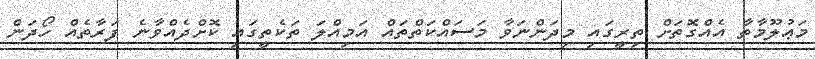
މަޢުލޫމާތާ އެއްގޮތަށް ތިރީގައި މިދަންނަވާ މަސައްކަތްތައް އަމިއްލަ ތަކެތީގައި ކޮށްދެއްވާނެ ފަރާތެއް ހޯދަން